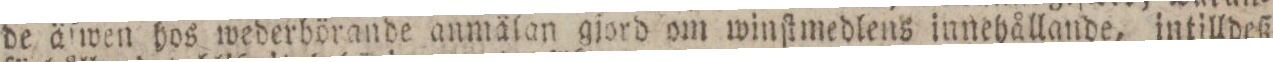
de äſwen hos wederbörande anmälan gjord om winſtmedlens innehållande, intilldeß